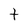
Character: t